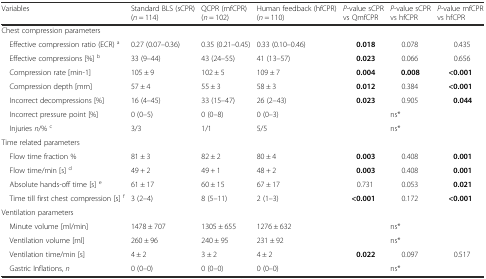
<table><thead><tr><td><b>Variables</b></td><td><b>Standard BLS (sCPR) (<i>n</i> = 114)</b></td><td><b>QCPR (mfCPR) (<i>n</i> = 102)</b></td><td><b>Human feedback (hfCPR) (<i>n</i> = 110)</b></td><td><b><i>P</i>-value sCPR vs QmfCPR</b></td><td><b><i>P</i>-value sCPR vs hfCPR</b></td><td><b><i>P</i>-value mfCPR vs hfCPR</b></td></tr></thead><tbody><tr><td colspan="7">Chest compression parameters</td></tr><tr><td> Effective compression ratio (ECR) <sup>a</sup></td><td>0.27 (0.07–0.36)</td><td>0.35 (0.21–0.45)</td><td>0.33 (0.10–0.46)</td><td><b>0.018</b></td><td>0.078</td><td>0.435</td></tr><tr><td> Effective compressions [%] <sup>b</sup></td><td>33 (9–44)</td><td>43 (24–55)</td><td>41 (13–57)</td><td><b>0.023</b></td><td>0.066</td><td>0.656</td></tr><tr><td> Compression rate [min-1]</td><td>105 ± 9</td><td>102 ± 5</td><td>109 ± 7</td><td><b>0.004</b></td><td><b>0.008</b></td><td><b>&lt;0.001</b></td></tr><tr><td> Compression depth [mm]</td><td>57 ± 4</td><td>55 ± 3</td><td>58 ± 3</td><td><b>0.012</b></td><td>0.384</td><td><b>&lt;0.001</b></td></tr><tr><td> Incorrect decompressions [%]</td><td>16 (4–45)</td><td>33 (15–47)</td><td>26 (2–43)</td><td><b>0.023</b></td><td>0.905</td><td><b>0.044</b></td></tr><tr><td> Incorrect pressure point [%]</td><td>0 (0–5)</td><td>0 (0–8)</td><td>0 (0–3)</td><td></td><td>ns*</td><td></td></tr><tr><td> Injuries <i>n</i>/% <sup>c</sup></td><td>3/3</td><td>1/1</td><td>5/5</td><td></td><td>ns*</td><td></td></tr><tr><td colspan="7">Time related parameters</td></tr><tr><td> Flow time fraction %</td><td>81 ± 3</td><td>82 ± 2</td><td>80 ± 4</td><td><b>0.003</b></td><td>0.408</td><td><b>0.001</b></td></tr><tr><td> Flow time/min [s] <sup>d</sup></td><td>49 + 2</td><td>49 + 1</td><td>48 + 2</td><td><b>0.003</b></td><td>0.408</td><td><b>0.001</b></td></tr><tr><td> Absolute hands-off time [s] <sup>e</sup></td><td>61 ± 17</td><td>60 ± 15</td><td>67 ± 17</td><td>0.731</td><td>0.053</td><td><b>0.021</b></td></tr><tr><td> Time till first chest compression [s] <sup>f</sup></td><td>3 (2–4)</td><td>8 (5–11)</td><td>2 (1–3)</td><td><b>&lt;0.001</b></td><td>0.172</td><td><b>&lt;0.001</b></td></tr><tr><td colspan="7">Ventilation parameters</td></tr><tr><td> Minute volume [ml/min]</td><td>1478 ± 707</td><td>1305 ± 655</td><td>1276 ± 632</td><td></td><td>ns*</td><td></td></tr><tr><td> Ventilation volume [ml]</td><td>260 ± 96</td><td>240 ± 95</td><td>231 ± 92</td><td></td><td>ns*</td><td></td></tr><tr><td> Ventilation time/min [s]</td><td>4 ± 2</td><td>3 ± 2</td><td>4 ± 2</td><td><b>0.022</b></td><td>0.097</td><td>0.517</td></tr><tr><td> Gastric Inflations, <i>n</i></td><td>0 (0–0)</td><td>0 (0–0)</td><td>0 (0–0)</td><td></td><td>ns*</td><td></td></tr></tbody></table>